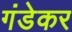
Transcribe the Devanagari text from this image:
गंडेकर